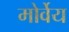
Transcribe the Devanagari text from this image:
मोर्वेय